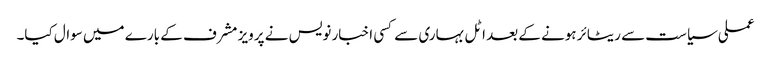
عملی سیاست سے ریٹائر ہونے کے بعد اٹل بہاری سے کسی اخبار نویس نے پرویز مشرف کے بارے میں سوال کیا۔